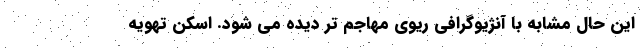
این حال مشابه با آنژیوگرافی ریوی مهاجم تر دیده می شود. اسکن تهویه